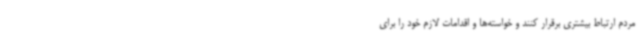
مردم ارتباط بیشتری برقرار کنند و خواسته‌ها و اقدامات لازم خود را برای